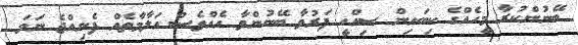
ބޭނުންކުރާ މީހެއްގެ ކިބައިން ސިއްހީ ފަރުވާ ބޭނުންވާ އެއްވެސް އަލާމާތެއް ފެނިއްޖެ ނަމަ